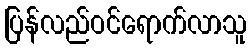
ပြန်လည်ဝင်ရောက်လာသူ